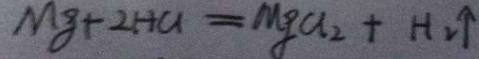
M g + 2 H C l = M g C l _ { 2 } + H _ { 2 } \uparrow